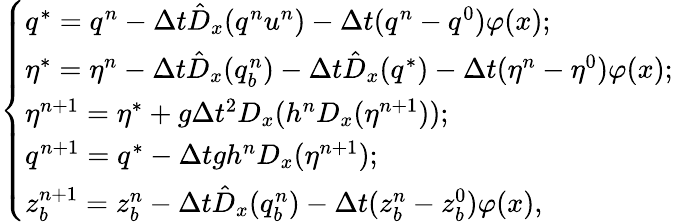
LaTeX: \left\{ \begin{array}{ll}{q^{*}=q^{n}-\Delta t\hat{D}_{x}(q^{n}u^{n})-\Delta t(q^{n}-q^{0})\varphi(x);}\\ {\eta^{*}=\eta^{n}-\Delta t\hat{D}_{x}(q_{b}^{n})-\Delta t\hat{D}_{x}(q^{*})-\Delta t(\eta^{n}-\eta^{0})\varphi(x);}\\ {\eta^{n+1}=\eta^{*}+g\Delta t^{2}D_{x}(h^{n}D_{x}(\eta^{n+1}));}\\ {q^{n+1}=q^{*}-\Delta tgh^{n}D_{x}(\eta^{n+1});}\\ {z_{b}^{n+1}=z_{b}^{n}-\Delta t\hat{D}_{x}(q_{b}^{n})-\Delta t(z_{b}^{n}-z_{b}^{0})\varphi(x),}\end{array}\right.